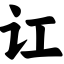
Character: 讧